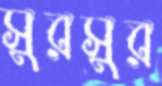
সুরসুর